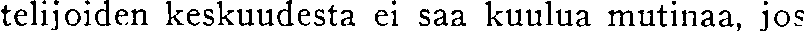
telijoiden keskuudesta ei saa kuulua mutinaa, jos